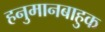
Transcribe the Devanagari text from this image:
हनुमानबाहुक